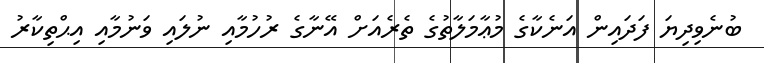
ބުނެވިދިޔަ ފަދައިން އަނެކާގެ މުޢާމަލާތުގެ ތެރެއަށް އޭނާގެ ރުހުމާއި ނުލައި ވަނުމާއި އިޙްތިކާރު